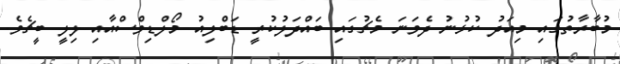
މުބާރާތުގައި މިއަދު ކުޅުނު ދެވަނަ މެޗުގައި ބައްދަލުކުރީ ޑަބްލިއު މޯލްޑިވްސްއާއި ލިލީ ބީޗެވެ.